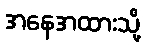
အနေအထားသို့